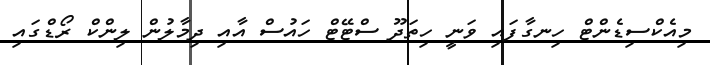
މިއެކްސިޑެންޓް ހިނގާފައި ވަނީ ހިތަދޫ ސްޓޭޓް ހައުސް އާއި ދިމާލުން ލިންކް ރޯޑްގައި